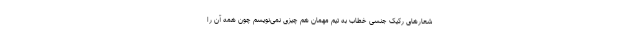
شعارهای رکیک جنسی خطاب به تیم مهمان هم چیزی نمی‌نویسم چون همه آن را